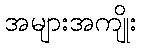
အများအကျိုး